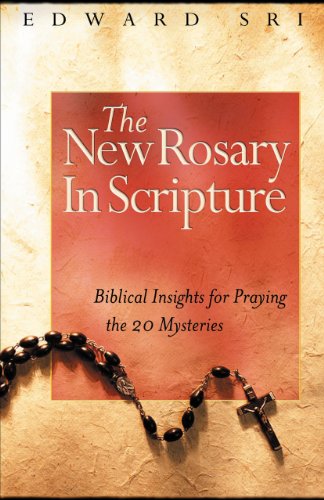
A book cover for The New Rosary in Scripture: Biblical Insights for Praying the 20 Mysteries; Edward Sri; Religion & Spirituality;